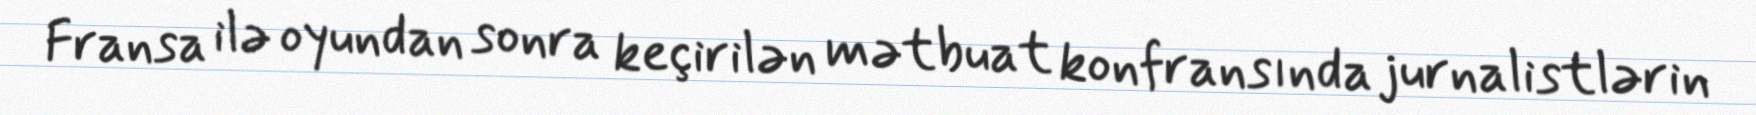
Fransa ilə oyundan sonra keçirilən mətbuat konfransında jurnalistlərin